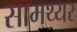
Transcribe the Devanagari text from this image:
सामथ्यर